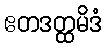
ဧတဒတ္ထမိဒံ